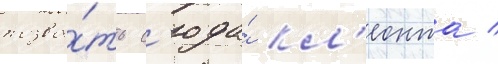
позва́ть с'юда́ кл'еонта /